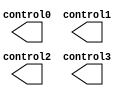
`timescale 1ns / 1ps
//////////////////////////////////////////////////////////////////////////////////
// Company: 
// Engineer: 
// 
// Design Name: 
// Module Name: ddr2_chipscope
// Project Name: 
// Target Devices: 
// Tool Versions: 
// Description: 
// 
// Dependencies: 
// 
// Revision:
// Revision 0.01 - File Created
// Additional Comments:
// 
//////////////////////////////////////////////////////////////////////////////////

module icon4 
  (
      control0,
      control1,
      control2,
      control3
  )
  /* synthesis syn_black_box syn_noprune = 1 */;
  output [35:0] control0;
  output [35:0] control1;
  output [35:0] control2;
  output [35:0] control3;
endmodule
 
module vio_async_in192
  (
    control,
    async_in
  )
  /* synthesis syn_black_box syn_noprune = 1 */;
  input  [35:0] control;
  input  [191:0] async_in;
endmodule
 
module vio_async_in96
  (
    control,
    async_in
  )
  /* synthesis syn_black_box syn_noprune = 1 */;
  input  [35:0] control;
  input  [95:0] async_in;
endmodule
 
module vio_async_in100
  (
    control,
    async_in
  )
  /* synthesis syn_black_box syn_noprune = 1 */;
  input  [35:0] control;
  input  [99:0] async_in;
endmodule
 
module vio_sync_out32
  (
    control,
    clk,
    sync_out
  )
  /* synthesis syn_black_box syn_noprune = 1 */;
  input  [35:0] control;
  input  clk;
  output [31:0] sync_out;
endmodule